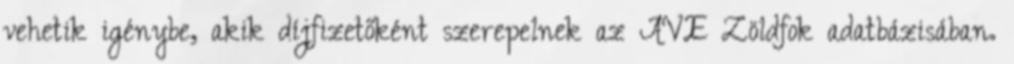
vehetik igénybe, akik díjfizetőként szerepelnek az AVE Zöldfok adatbázisában.